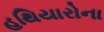
હથિયારોના